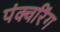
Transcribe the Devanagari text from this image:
पंक्चरिंग